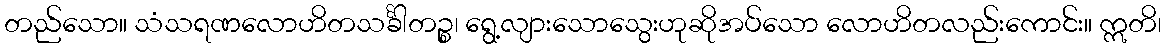
တည်သော။ သံသရဏလောဟိတသင်္ခါတဉ္စ၊ ရွေ့လျားသောသွေးဟုဆိုအပ်သော လောဟိတလည်းကောင်း။ ဣတိ၊